Annual report of the Central Committee of the Association together with the report of the directors of the Pasteur Institute at Kasauli
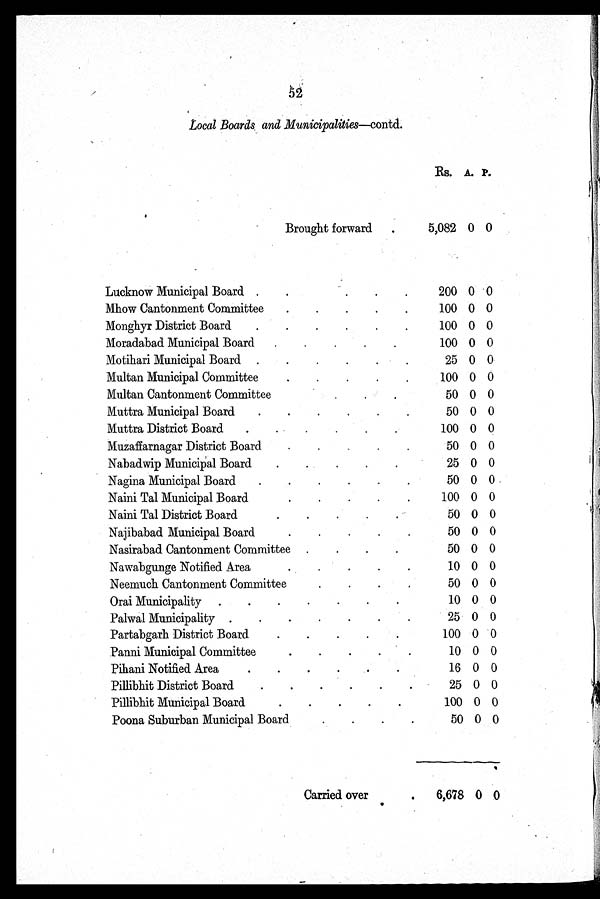
52
Local Boards and Municipalities—contd..
Brought forward
Rs.
5,082
A.
0
P.
0
Lucknow Municipal Board
200 0 0
Mhow Cantonment Committee
100 0 0
Monghyr District Board
100 0 0
Moradabad Municipal Board
100 0 0
Motihari Municipal Board
25 0 0
Multan Municipal Committee
100 0 0
Multan Cantonment Committee
50 0 0
Muttra Municipal Board
50 0 0
Muttra District Board
100 0 0
Muzaffarnagar District Board
50 0 0
Nabadwip Municipal Board
25 0 0
Nagina Municipal Board
50 0 0
Naini Tal Municipal Board
100 0 0
Naini Tal District Board
50 0 0
Najibabad Municipal Board
50 0 0
Nasirabad Cantonment Committee
50 0 0
Nawabgunge Notified Area
10 0 0
Neemuch Cantonment Committee
50 0 0
Orai Municipality
10 0 0
Palwal Municipality
25 0 0
Partabgarh District Board
100 0 0
Panni Municipal Committee
10 0 0
Pihani Notified Area
16 0 0
Pillibhit District Board
25 0 0
Pillibhit Municipal Board
100 0 0
Poona Suburban Municipal Board
50 0 0
Carried over
6,678 0 0